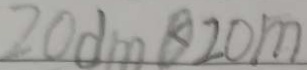
2 0 d m \textcircled { < } 2 0 m